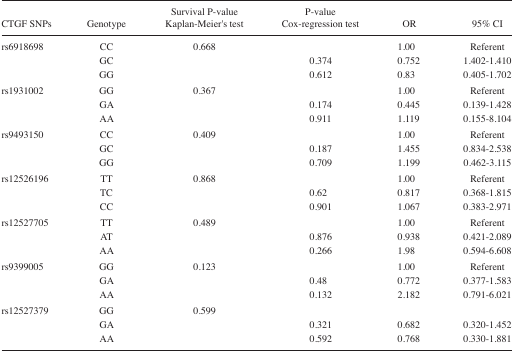
<table><thead><tr><td><b>CTGF SNPs</b></td><td><b>Genotype</b></td><td><b>Survival P-value Kaplan-Meier’s test</b></td><td><b>P-value Cox-regression test</b></td><td><b>OR</b></td><td><b>95% CI</b></td></tr></thead><tbody><tr><td>rs6918698</td><td>CC</td><td>0.668</td><td></td><td>1.00</td><td>Referent</td></tr><tr><td></td><td>GC</td><td></td><td>0.374</td><td>0.752</td><td>1.402–1.410</td></tr><tr><td></td><td>GG</td><td></td><td>0.612</td><td>0.83</td><td>0.405–1.702</td></tr><tr><td>rs1931002</td><td>GG</td><td>0.367</td><td></td><td>1.00</td><td>Referent</td></tr><tr><td></td><td>GA</td><td></td><td>0.174</td><td>0.445</td><td>0.139–1.428</td></tr><tr><td></td><td>AA</td><td></td><td>0.911</td><td>1.119</td><td>0.155–8.104</td></tr><tr><td>rs9493150</td><td>CC</td><td>0.409</td><td></td><td>1.00</td><td>Referent</td></tr><tr><td></td><td>GC</td><td></td><td>0.187</td><td>1.455</td><td>0.834–2.538</td></tr><tr><td></td><td>GG</td><td></td><td>0.709</td><td>1.199</td><td>0.462–3.115</td></tr><tr><td>rs12526196</td><td>TT</td><td>0.868</td><td></td><td>1.00</td><td>Referent</td></tr><tr><td></td><td>TC</td><td></td><td>0.62</td><td>0.817</td><td>0.368–1.815</td></tr><tr><td></td><td>CC</td><td></td><td>0.901</td><td>1.067</td><td>0.383–2.971</td></tr><tr><td>rs12527705</td><td>TT</td><td>0.489</td><td></td><td>1.00</td><td>Referent</td></tr><tr><td></td><td>AT</td><td></td><td>0.876</td><td>0.938</td><td>0.421–2.089</td></tr><tr><td></td><td>AA</td><td></td><td>0.266</td><td>1.98</td><td>0.594–6.608</td></tr><tr><td>rs9399005</td><td>GG</td><td>0.123</td><td></td><td>1.00</td><td>Referent</td></tr><tr><td></td><td>GA</td><td></td><td>0.48</td><td>0.772</td><td>0.377–1.583</td></tr><tr><td></td><td>AA</td><td></td><td>0.132</td><td>2.182</td><td>0.791–6.021</td></tr><tr><td>rs12527379</td><td>GG</td><td>0.599</td><td></td><td></td><td></td></tr><tr><td></td><td>GA</td><td></td><td>0.321</td><td>0.682</td><td>0.320–1.452</td></tr><tr><td></td><td>AA</td><td></td><td>0.592</td><td>0.768</td><td>0.330–1.881</td></tr></tbody></table>